Bréfritari: Olgeir Árnason
Viðtakandi: Jón Borgfirðingur
Dagsetning: A-1862-01-06
Skrifað á: Garði í Fnjóskadal  S-Þing.

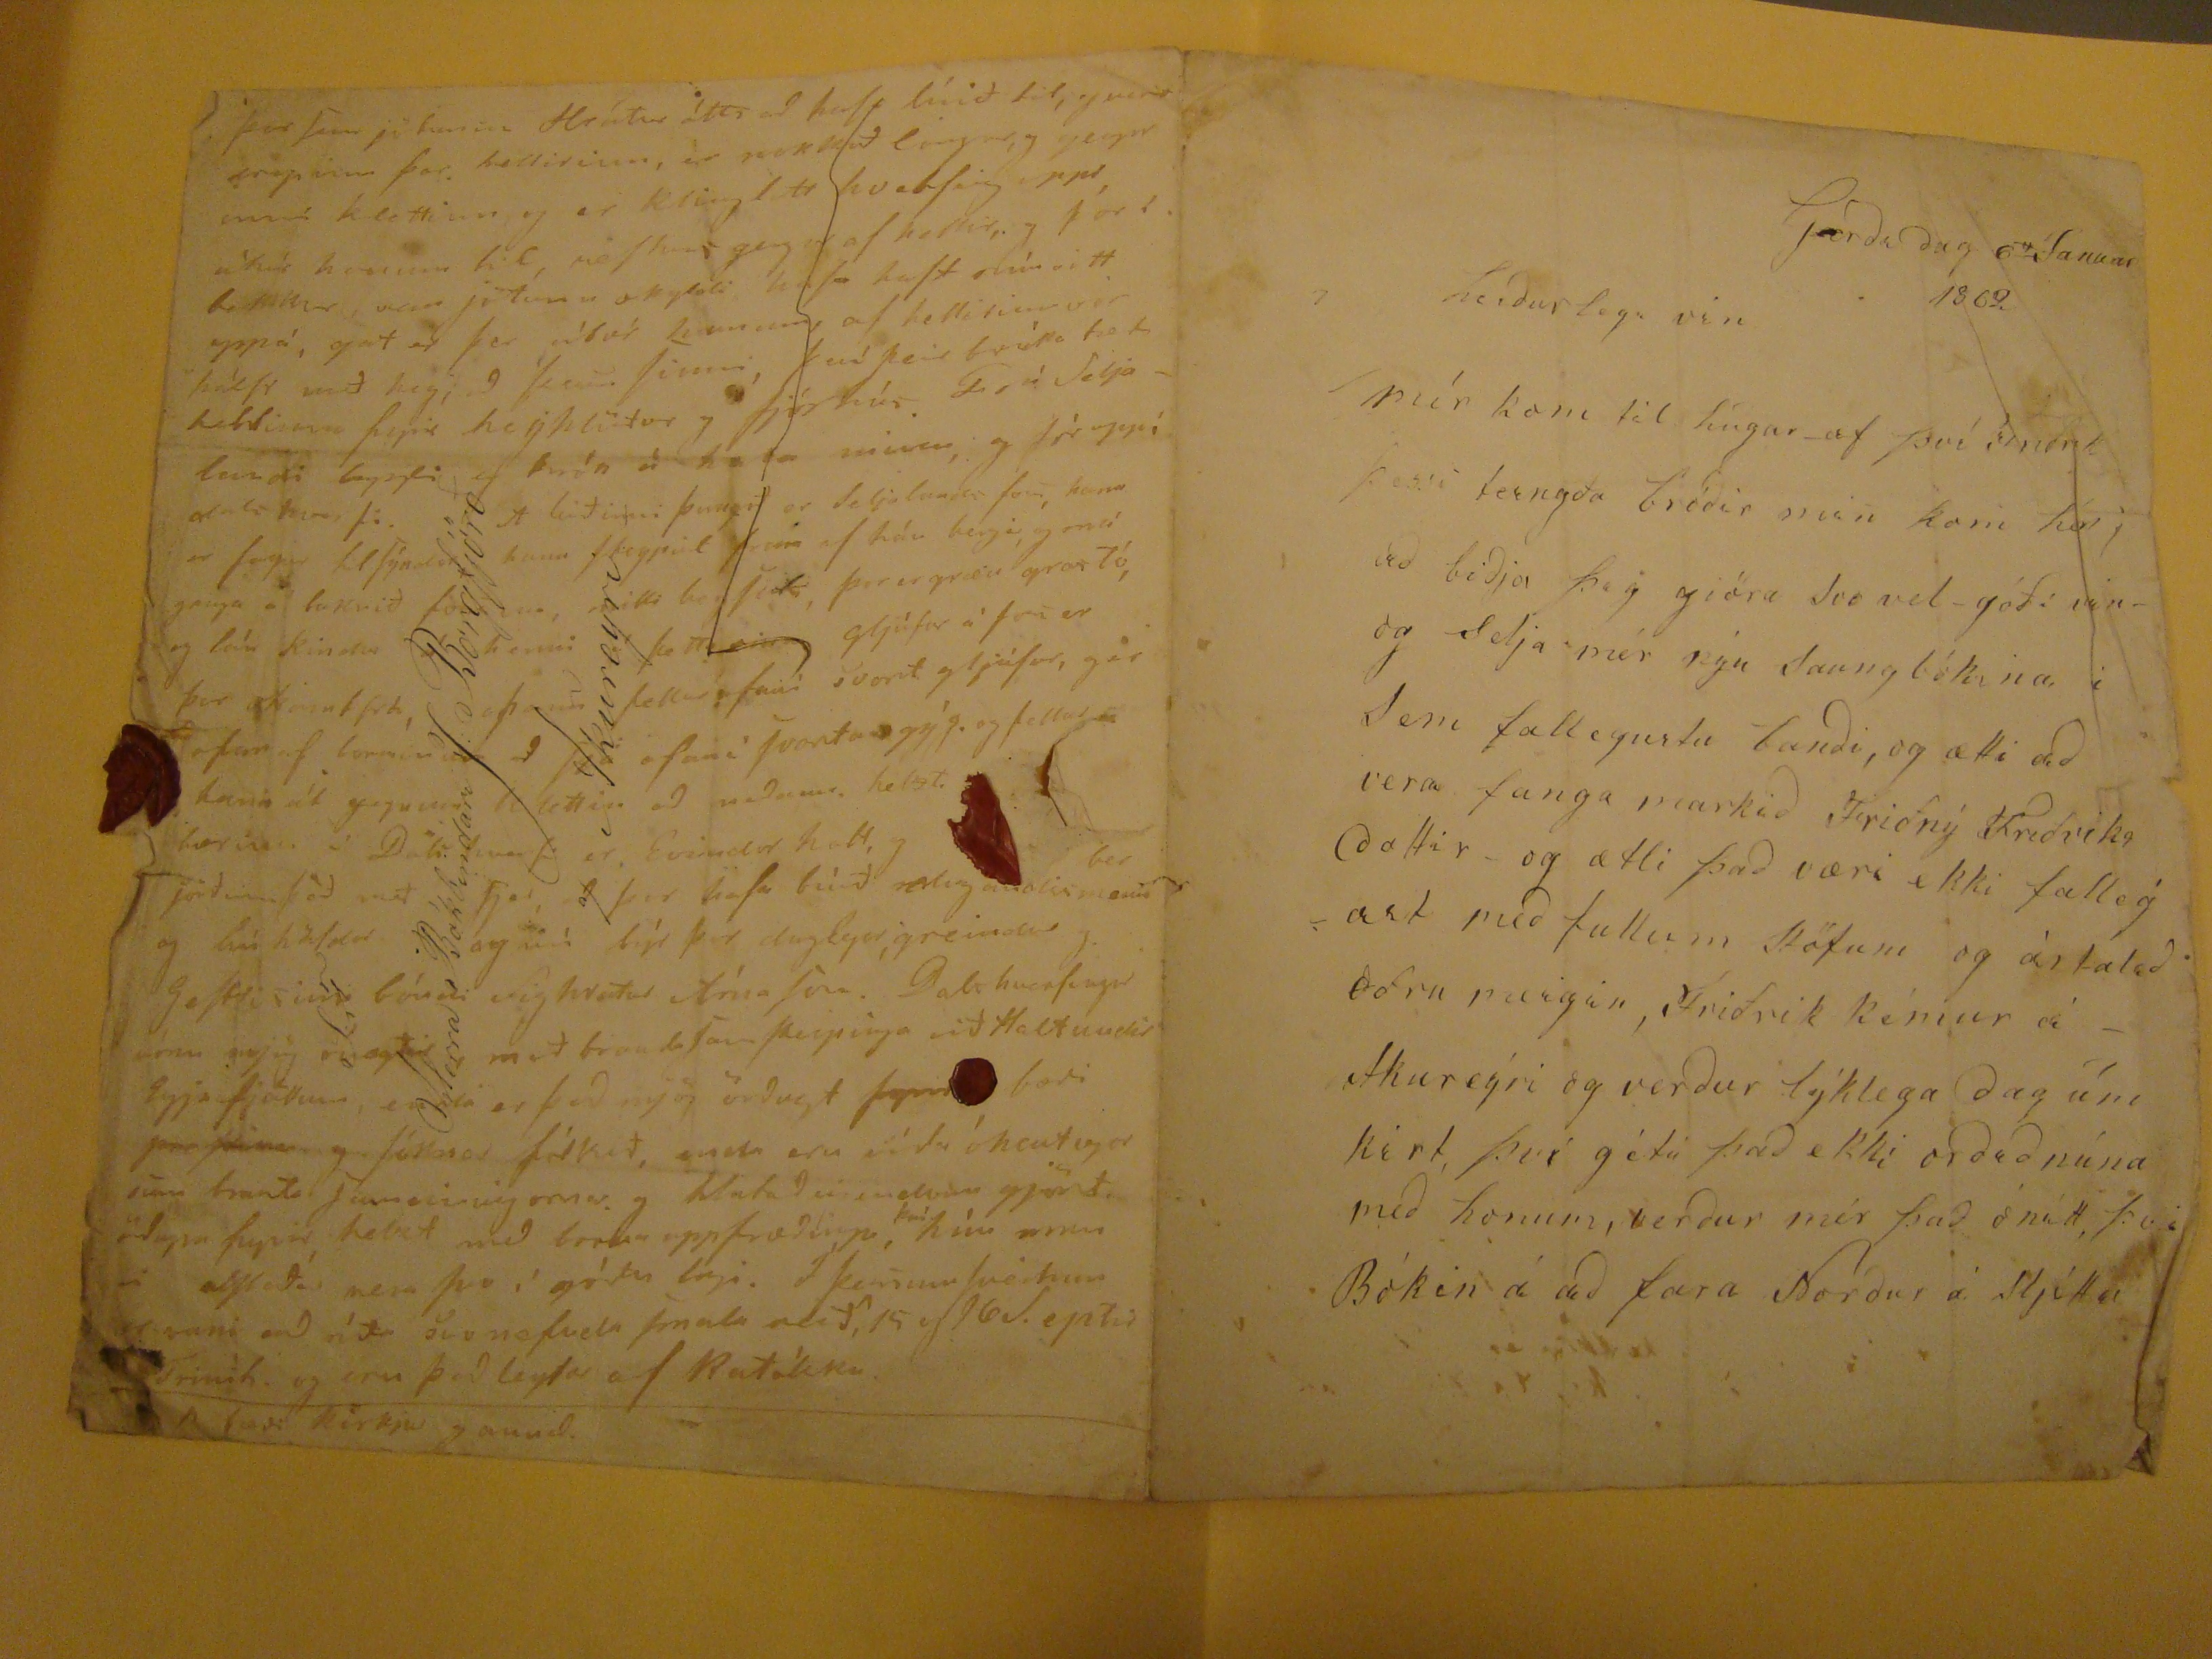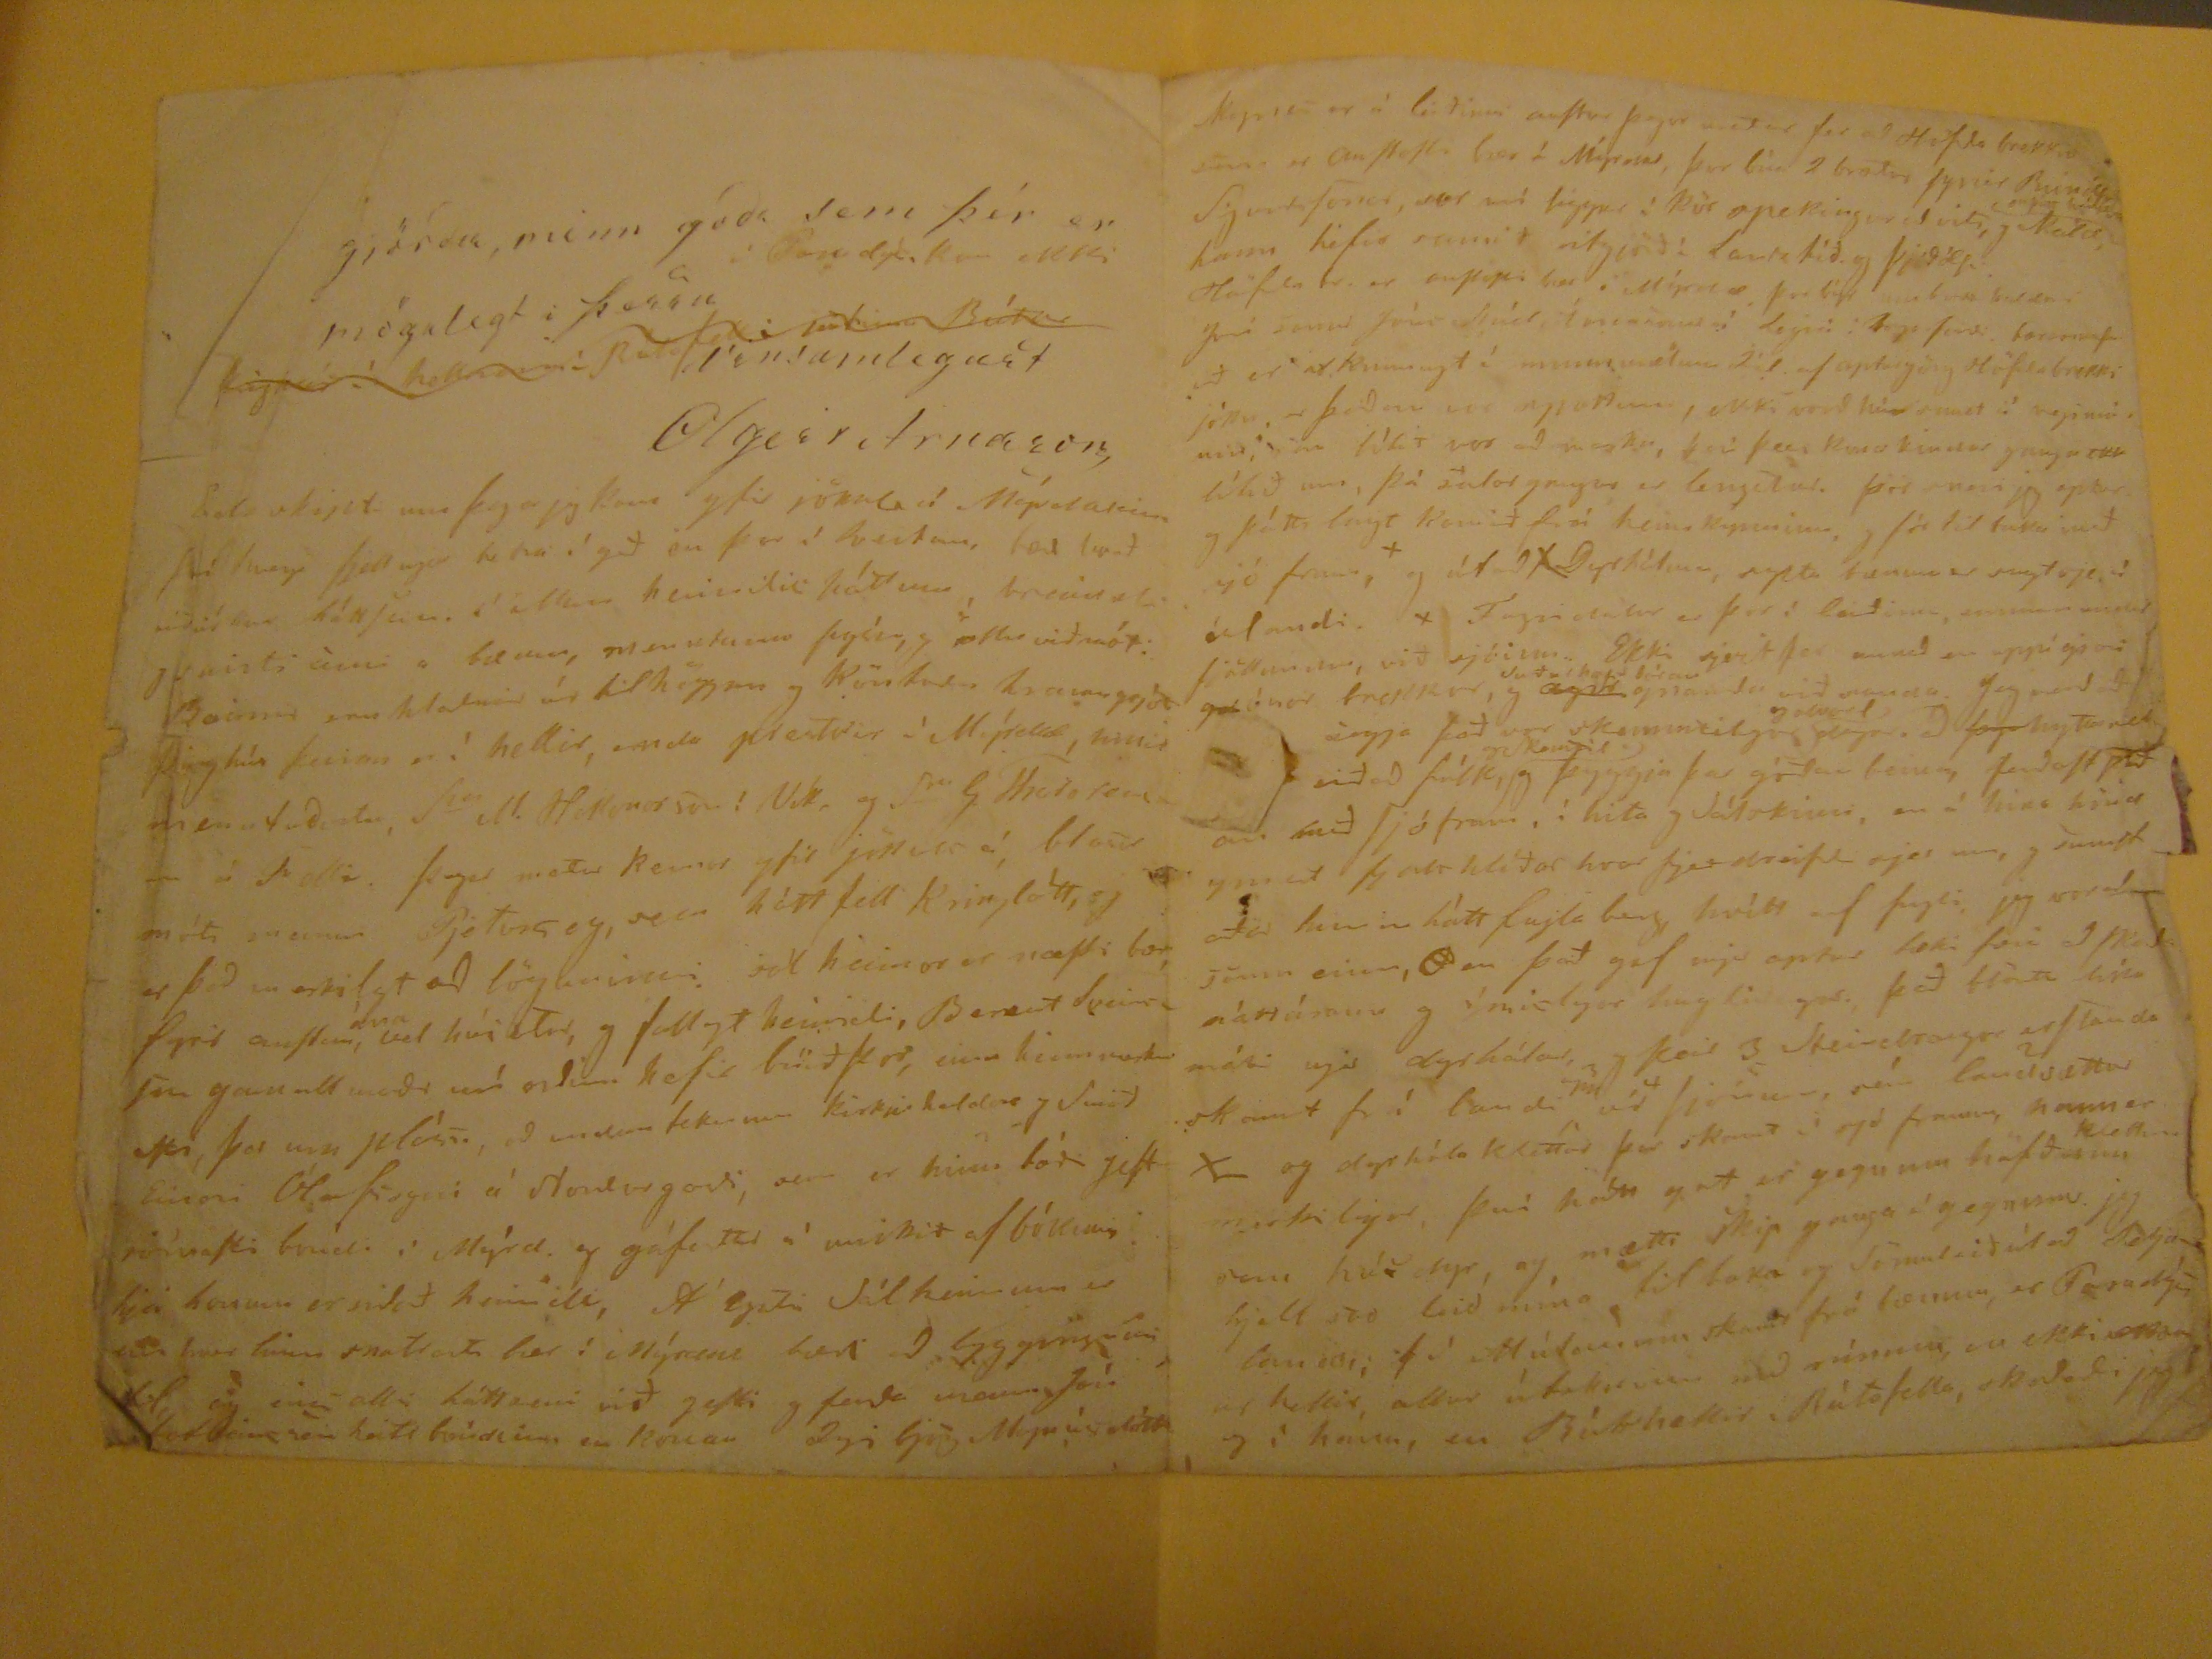

Garda dag 6 Januar 1862
Heidurlegi vin
mér kom til hugar af því snert þessi teingða bródir min kom hér; ad bidja þig giöra Svo vel góði vin og selja mér nýu Saungbókina í Sem fallegustu bandi, og ætti ad vera fanga markid Friðný Friðriksdottir og ætli þad væri ekki fallegast med fullum Stöfum og ártalid öðru meigin, Friðrik kémur á Akureýri og verdur lýklega dag um kirt, því gétu þad ekki ordid núna med honum, verdur mér þad ónátt, þvi Bókin á ad fara Nordur á Sljótta
gjördu, minn goda sem þér er mögulegt i þessu
vinsamlegast
Olgeir Arnason
Herra Bókbindari J. Borgfjörð
a/ Akureyri